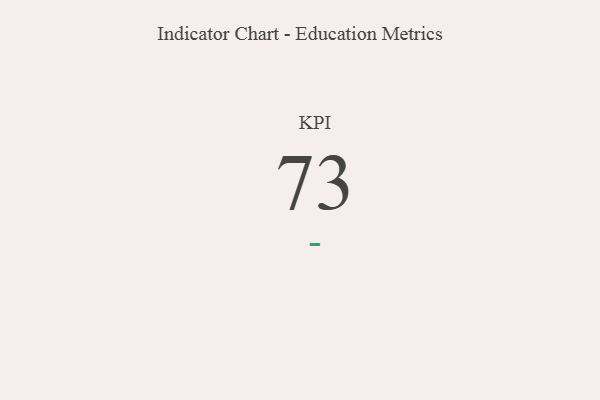
{"axis": {"x": "KPI", "y": "Value"}, "legend": [""], "data": [{"x": "KPI", "y": 73, "type": ""}]}